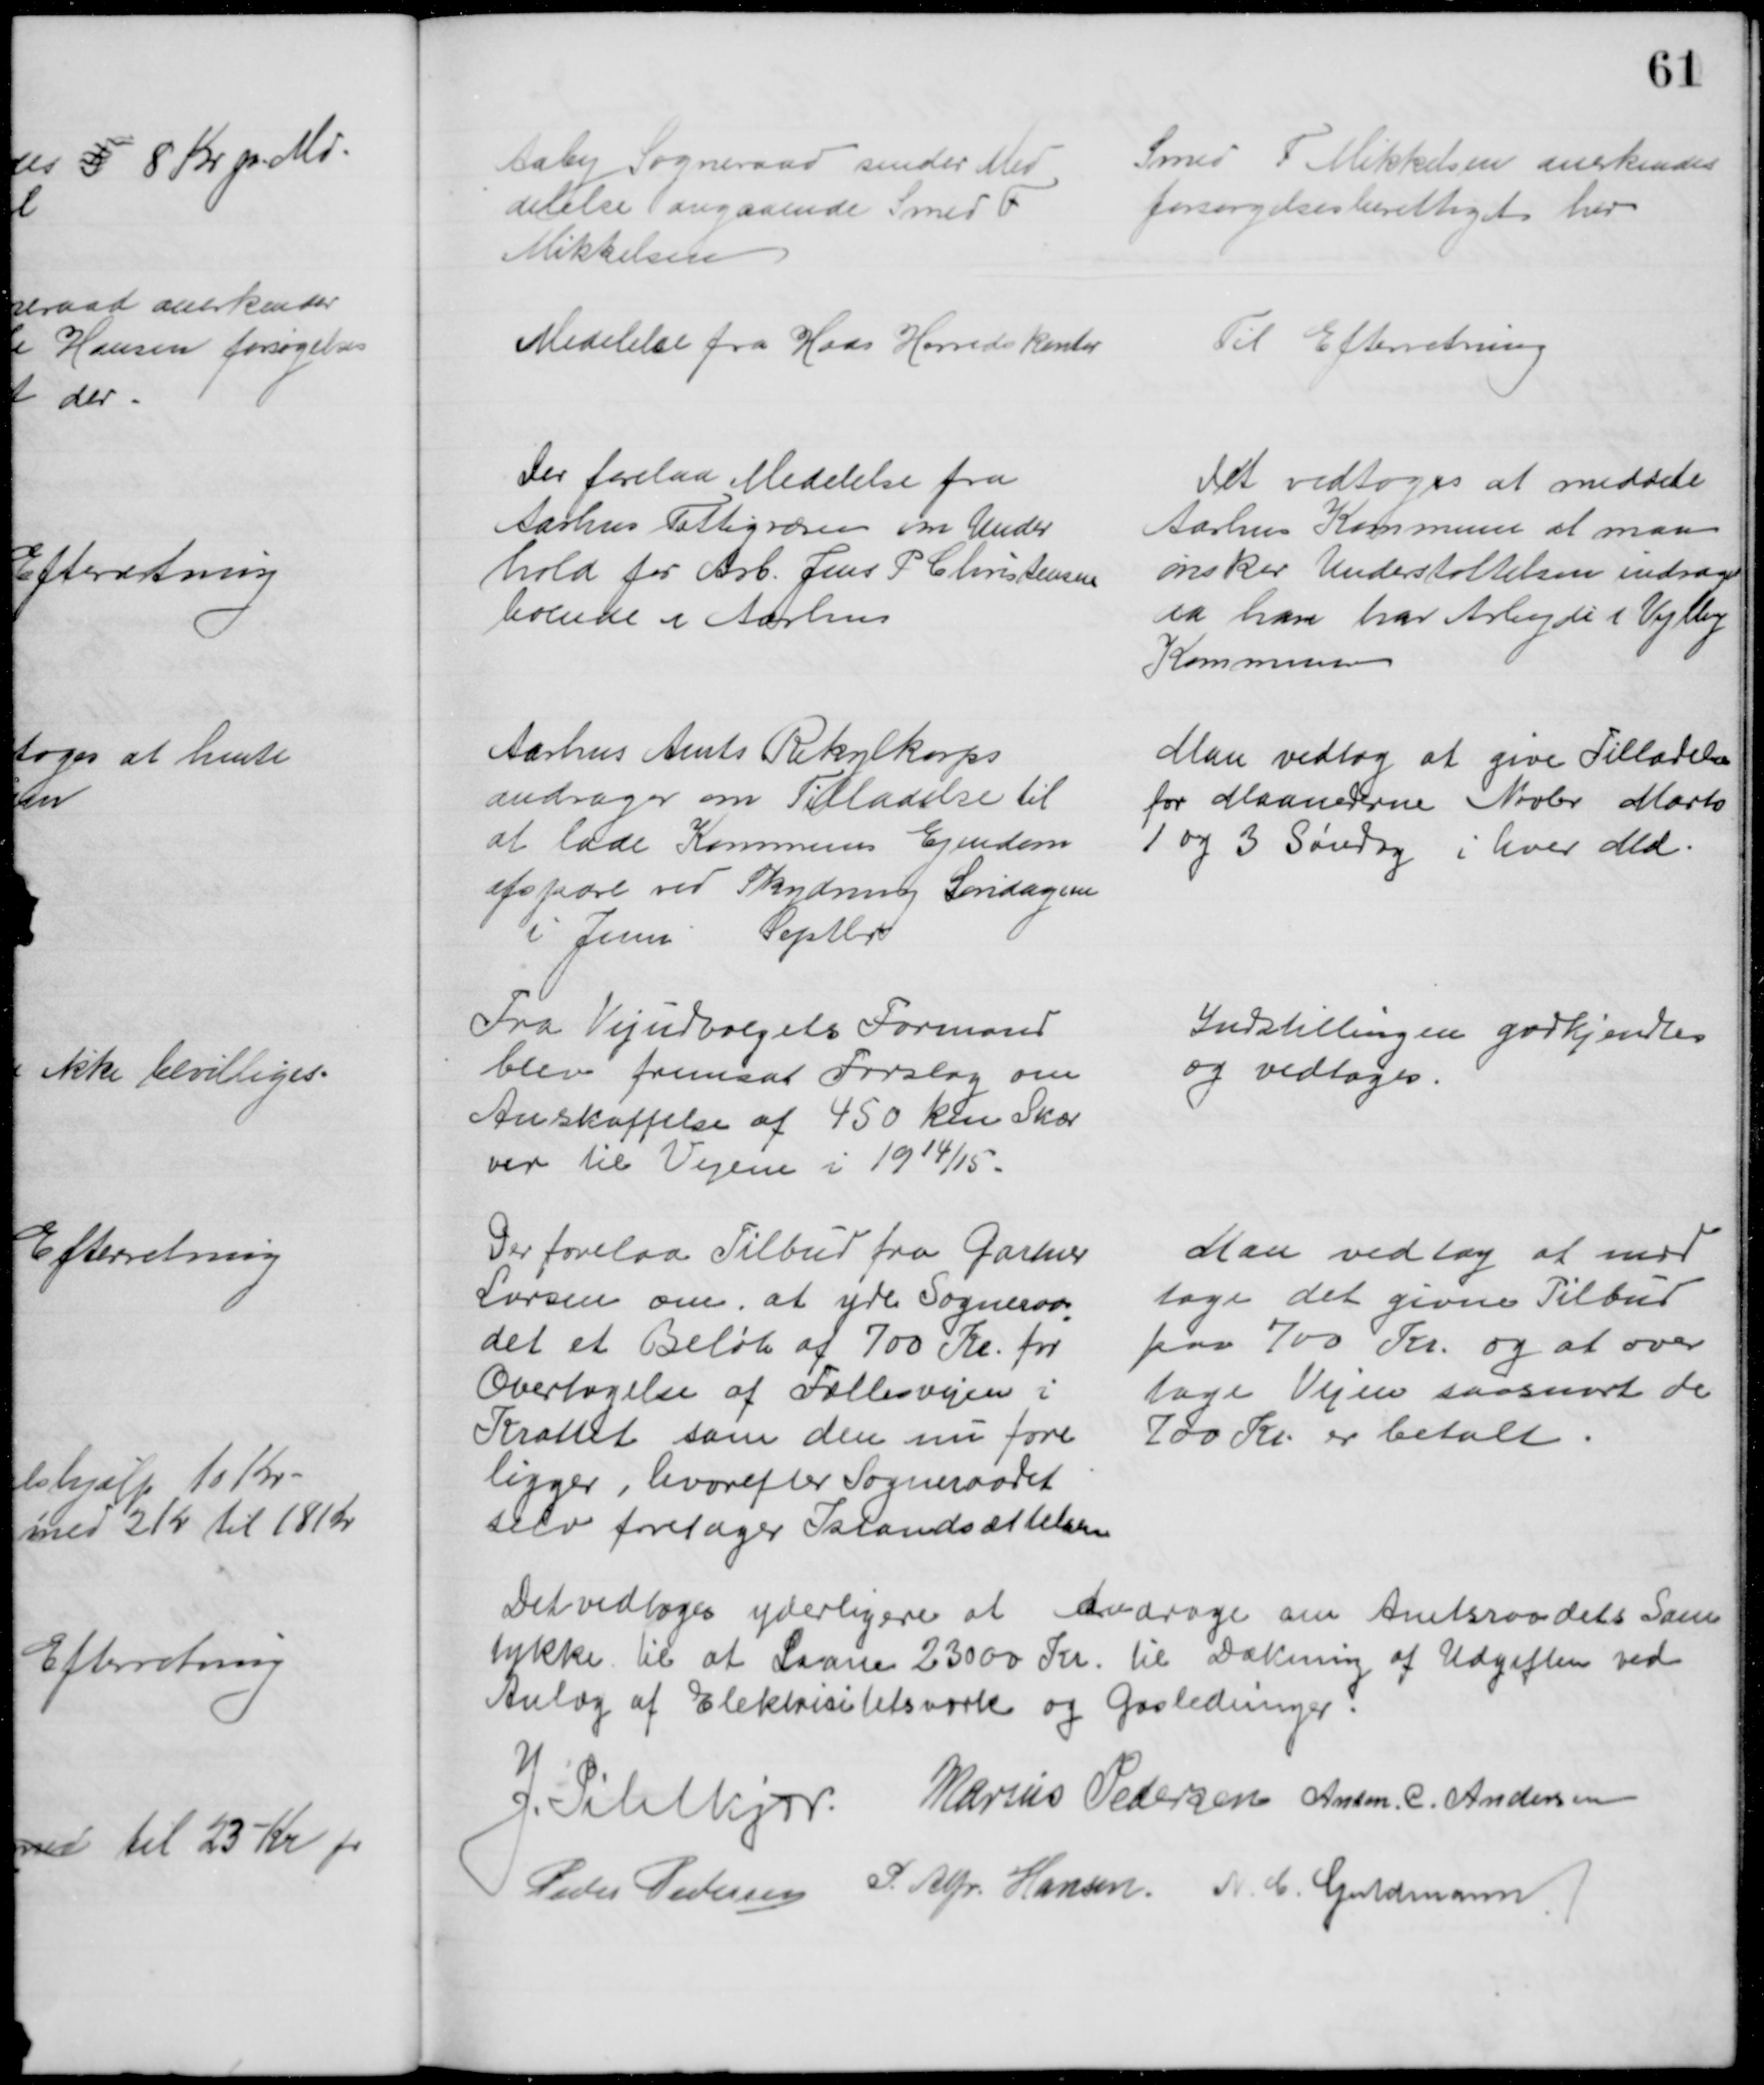
Transskription:
Aaby Sogneraad sender Med
delelse angaaende Smed F 
Mikkelsen
Smed F Mikkelsen anerkendes
forsørgelsesberettiget her
Medelelse fra Hads Herredskontor
Til Efterretning
Der forelaa Meddelse fra
Aarhus Fattigvæsen om Under
hold for Arb. Jens P. Christensen
boende i Aarhus
Det vedtoges at meddele
Aarhus Kommune at man
ønsker Understøttelsen indraget 
da han har Arbejde i Vejlby
Kommune
Aarhus Amts Rekylkorps
andrager om Tilladelse til 
at lade Kommuns Ejendom
afspære ved Skydning Søndagene
i Juni Septbr
Man vedtog at give Tilladelse
for Maanederne Novbr Marts
1 og 3 Søndag i hver Md
Fra Vejudvalgets Formand
blev fremsat Forslag om
Anskaffelse af 450 km Skær
ver til Vejene i 1914/15.
Indstillingen godkjendtes
og vedtoges.
Der forelaa Tilbud fra Gartner
Larsen om, at yde Sogneraa
-
det et Beløb af 700 Kr. for
Overtagelse af Fællesvejen i
Krattet som den nu fore
ligger, hvorefter Sogneraadet
selv foretager Istandsættelsen
Man vedtog at mod
tage det givne Tilbud
paa 700 Kr. og at over
tage Vejen saasnart de
700 Kr. er betalt
Det vedtoges yderligere at andrage om Amtsraadets Sam
tykke til at Laane 23000 Kr. til Dækning af Udgiften ved
Anlæg af Elektrisitetsværk og Gasledninger.
J. Pihlkjær. Marius Pedersen Anton. C. Andersen
 Peder Pedersen P. Alfr. Hansen N. C. Guldmann